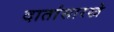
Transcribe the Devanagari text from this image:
दातांसारखे